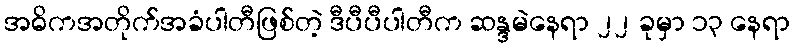
အဓိကအတိုက်အခံပါတီဖြစ်တဲ့ ဒီပီပီပါတီက ဆန္ဒမဲနေရာ ၂၂ ခုမှာ ၁၃ နေရာ